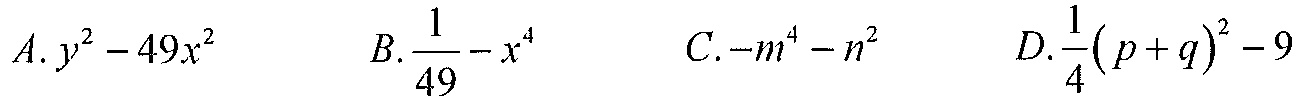
$A.y^{2}-49x^{2}\ \ \ B.\frac{1}{49}-x^{4}\ \ \ C.-m^{4}-n^{2}\ \ \ D.\frac{1}{4}(p + q)^{2}-9$